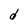
Character: d